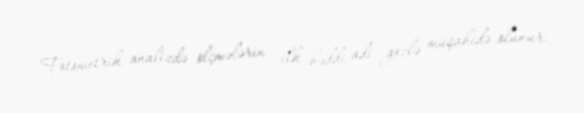
Fotometrik analizdə ölçmələrin ilk həddi adi gözlə müşahidə olunur.